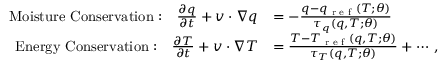
\begin{array} { r l } { \mathrm { M o i s t u r e ~ C o n s e r v a t i o n : } \quad \frac { \partial q } { \partial t } + { v } \cdot \nabla q } & { = - \frac { q - q _ { \textrm { r e f } } ( T ; { \theta } ) } { \tau _ { q } ( q , T ; { \theta } ) } } \\ { \mathrm { E n e r g y ~ C o n s e r v a t i o n : } \quad \frac { \partial T } { \partial t } + { v } \cdot \nabla T } & { = \frac { T - T _ { \textrm { r e f } } ( q , T ; { \theta } ) } { \tau _ { T } ( q , T ; { \theta } ) } + \cdots \, , } \end{array}